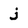
Character: j